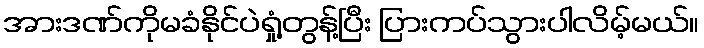
အားဒဏ်ကိုမခံနိုင်ပဲရှုံ့တွန့်ပြီး ပြားကပ်သွားပါလိမ့်မယ်။